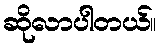
ဆိုလာပါတယ်။